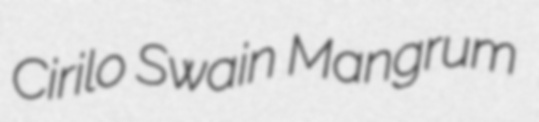
Cirilo Swain Mangrum